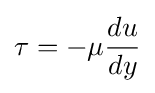
\tau =-\mu {\frac {du}{dy}}